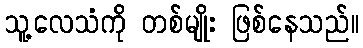
သူ့လေသံကို တစ်မျိုး ဖြစ်နေသည်။